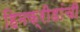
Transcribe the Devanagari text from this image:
हिमक्रीडांची